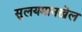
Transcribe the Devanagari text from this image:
सुलयमानख़ेल